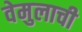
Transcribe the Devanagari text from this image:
वेमुलाची